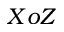
X o Z